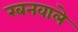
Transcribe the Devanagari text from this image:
रबनवाले